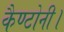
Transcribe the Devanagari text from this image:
कैण्टोनी।